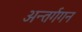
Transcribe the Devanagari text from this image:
अन्तर्गगन